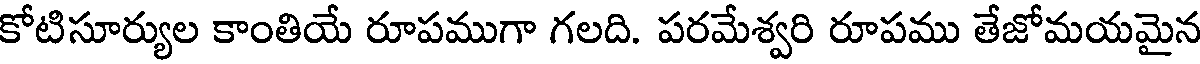
కోటిసూర్యుల కాంతియే రూపముగా గలది. పరమేశ్వరి రూపము తేజోమయమైన